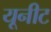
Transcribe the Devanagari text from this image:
यूनीट